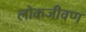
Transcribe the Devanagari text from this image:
लोकजीवण